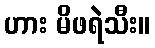
ဟား မိဖရဲသီး။